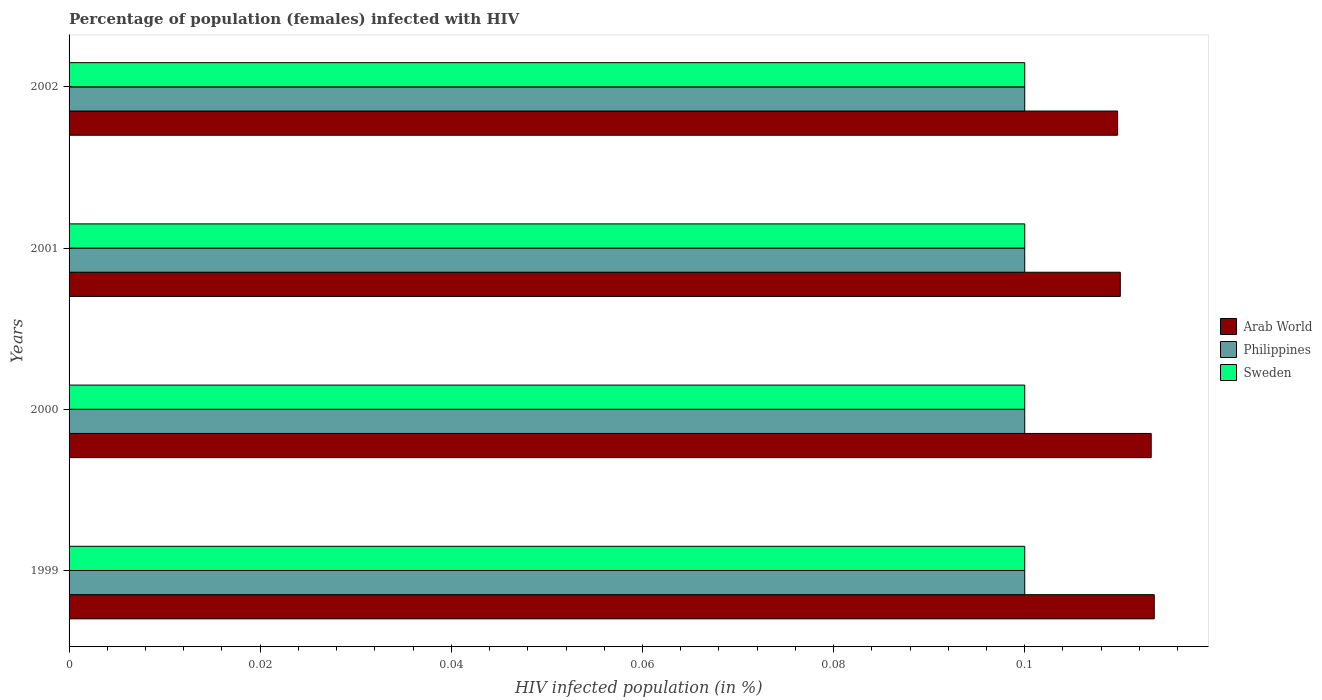
| Years | Arab World | Philippines | Sweden |
 | --- | --- | --- | --- |
 | 1999 | 0.114 | 0.1 | 0.1 |
 | 2000 | 0.113 | 0.1 | 0.1 |
 | 2001 | 0.11 | 0.1 | 0.1 |
 | 2002 | 0.11 | 0.1 | 0.1 |